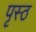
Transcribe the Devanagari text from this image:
पृस्ठ